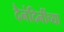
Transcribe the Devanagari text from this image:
दैनंदिनींच्या